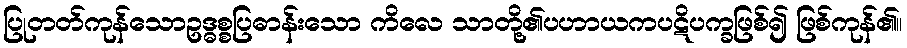
ပြုတတ်ကုန်သောဥဒ္ဓစ္စပြဓာန်းသော ကိလေ သာတို့၏ပဟာယကပဋိပက္ခဖြစ်၍ ဖြစ်ကုန်၏။